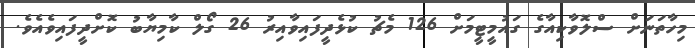
މިހާތަނަށް ސްލޮވާކިއާގެ ގައުމީޓީމަށް 126 މެޗު ކުޅެދީފައިވާއިރު 26 ގޯލް ކާމިޔާބު ކޮށްދީފައިވެއެވެ.